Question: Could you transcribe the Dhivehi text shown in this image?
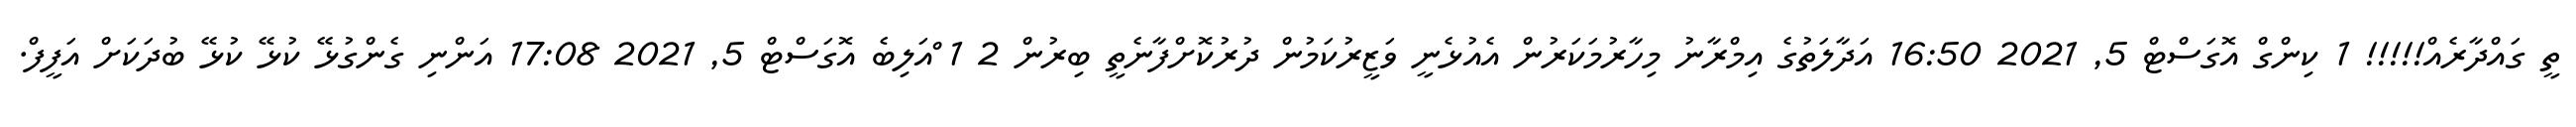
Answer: ތީ ގައްދާރެއް!!!!! 1 ކިންގް އޮގަސްޓް 5, 2021 16:50 އަދާލަތުގެ އިމްރާނު މިހާރުމަކަރުން އެއުޅެނީ ވަޒީރުކަމުން ދުރުކޮށްފާނެތީ ބިރުން 2 1 ްއަލިބެ އޮގަސްޓް 5, 2021 17:08 އަންނި ގެންގުޅޭ ކުޅޭ ކުޅޭ ބުދަކަށް އަފީފް.